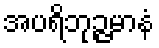
အပရိဘုဉ္ဇမာနံ